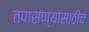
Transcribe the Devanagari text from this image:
तपासण्यांसाठीच